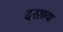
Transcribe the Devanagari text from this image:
दरशाया